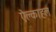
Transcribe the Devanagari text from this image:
ऐल्काहल